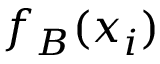
f _ { B } ( \boldsymbol { x } _ { i } )